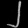
Digit: ၂